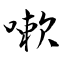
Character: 嗽